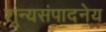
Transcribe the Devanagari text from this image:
शून्यसंपादनेय